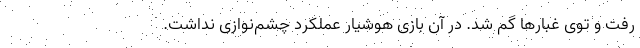
رفت و توی غبارها گم شد. در آن بازی هوشیار عملکرد چشم‌نوازی نداشت.